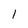
Character: 1